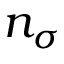
n _ { \sigma }